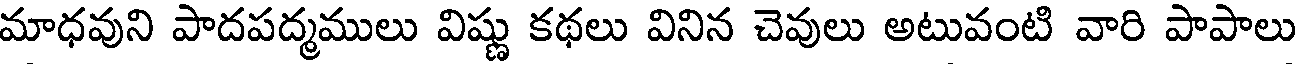
మాధవుని పాదపద్మములు విష్ణు కథలు వినిన చెవులు అటువంటి వారి పాపాలు